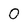
Character: 0